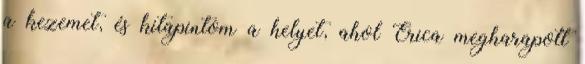
a kezemet, és kitapintom a helyet, ahol Erica megharapott